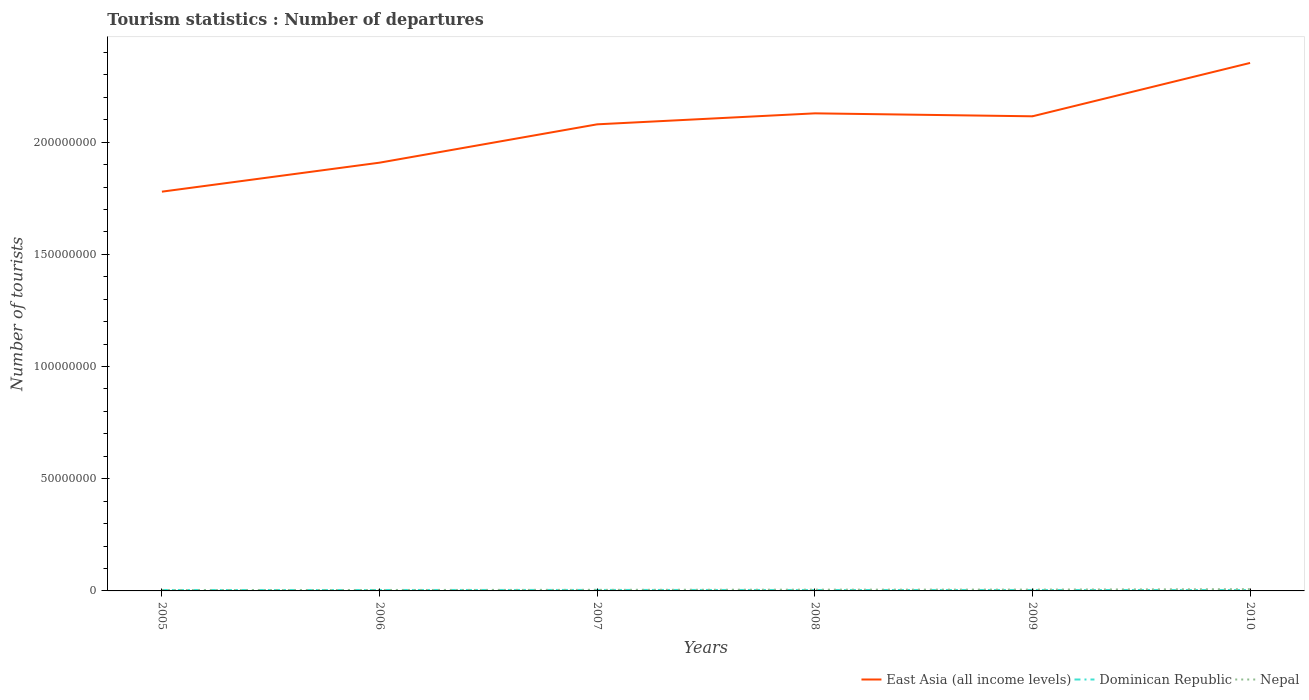
| Years | East Asia (all income levels) | Dominican Republic | Nepal |
 | --- | --- | --- | --- |
 | 2005 | 1.78e+08 | 4.19e+05 | 3.73e+05 |
 | 2006 | 1.91e+08 | 4.2e+05 | 4.15e+05 |
 | 2007 | 2.08e+08 | 4.43e+05 | 4.69e+05 |
 | 2008 | 2.13e+08 | 4.13e+05 | 5.61e+05 |
 | 2009 | 2.12e+08 | 4.15e+05 | 5.89e+05 |
 | 2010 | 2.35e+08 | 4.01e+05 | 7.65e+05 |